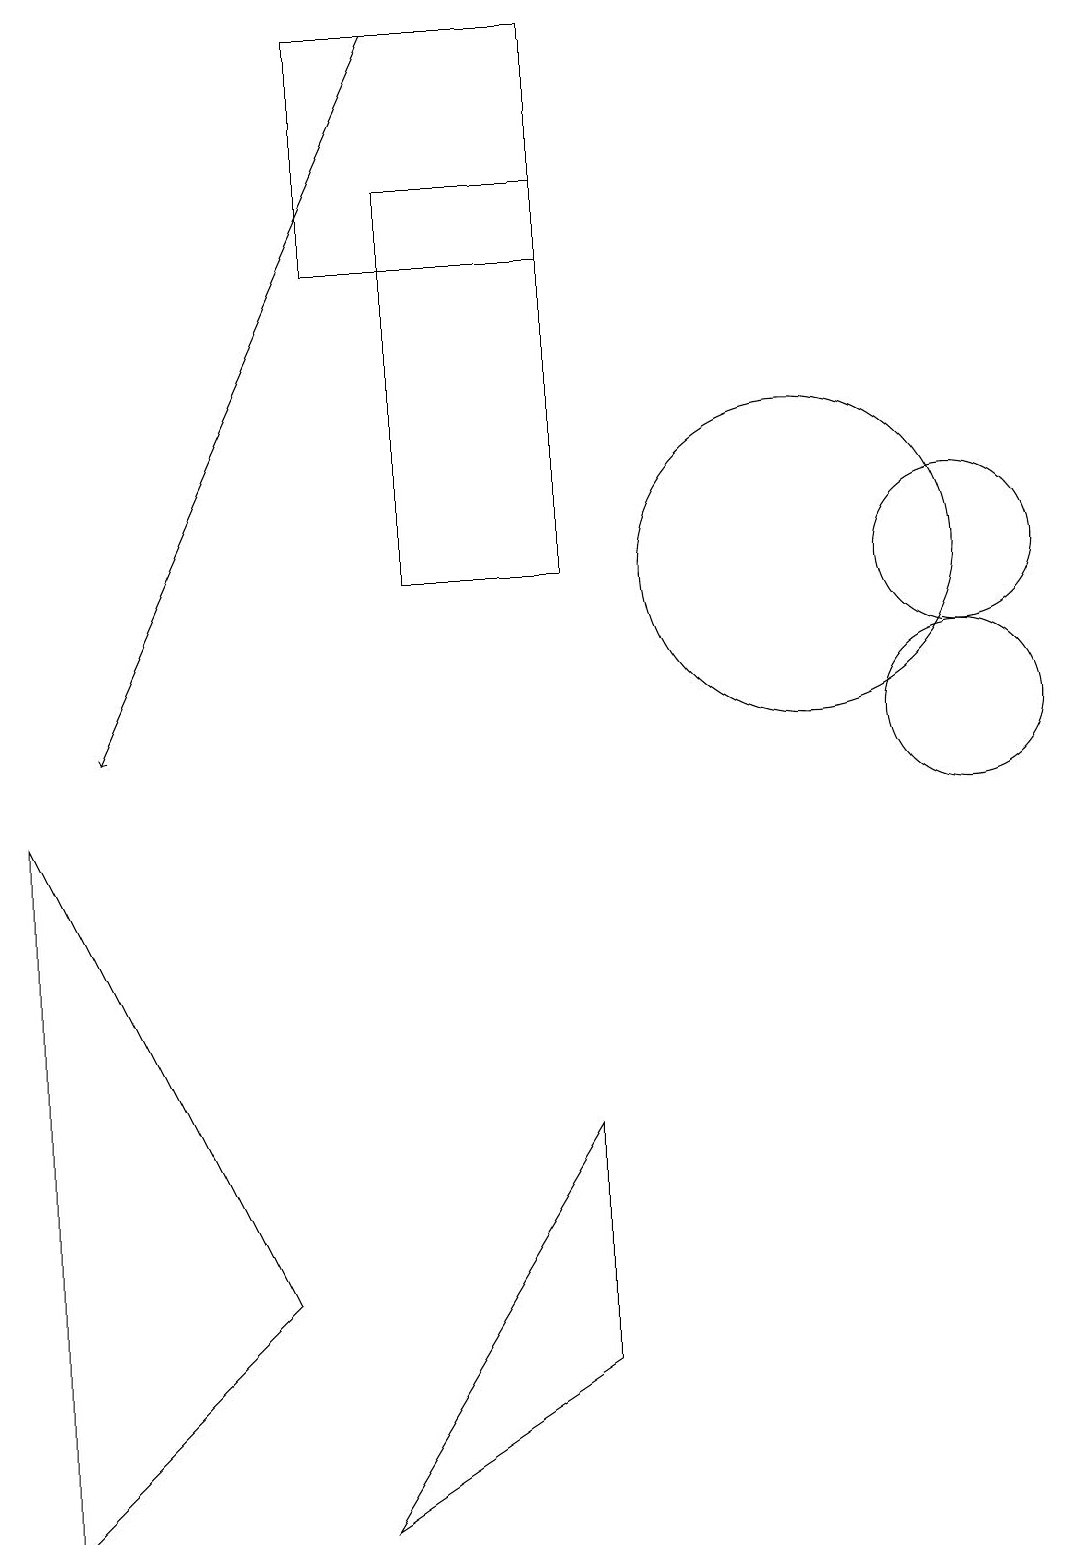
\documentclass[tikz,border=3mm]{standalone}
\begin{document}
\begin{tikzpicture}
\draw (10,12) circle (2);
\draw (12,12) circle (1);
\draw[->] (5,19) -- (1,10);
\draw (4,0) -- (7,2) -- (7,5) -- cycle;
\draw (12,10) circle (1);
\draw (0,9) -- (3,3) -- (0,0) -- cycle;
\draw (7,17) rectangle (5,12);
\draw (4,16) rectangle (7,19);
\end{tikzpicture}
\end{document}